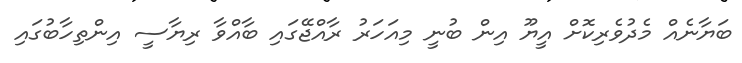
ބަޔާނެއް މެދުވެރިކޮށް އީޔޫ އިން ބުނީ މިއަހަރު ރާއްޖޭގައި ބާއްވާ ރިޔާސީ އިންތިހާބުގައި